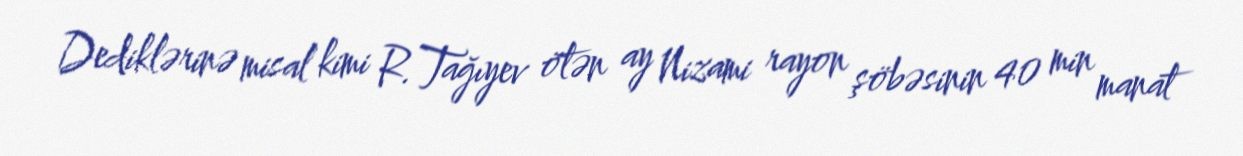
Dediklərinə misal kimi R.Tağıyev ötən ay Nizami rayon şöbəsinin 40 min manat